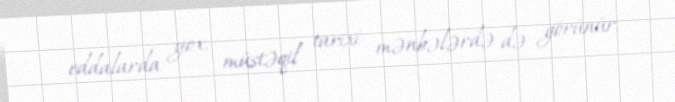
eddalarda yox, müstəqil tarixi mənbələrdə də görünür.